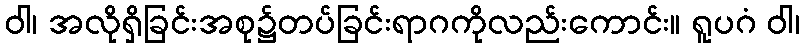
ဝါ၊ အလိုရှိခြင်းအစု၌တပ်ခြင်းရာဂကိုလည်းကောင်း။ ရူပဂံ ဝါ၊